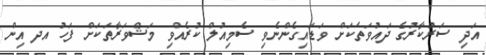
އަދި ސަރުކާރުގެ ދައުވަތަކަށް ވަޑައިގެންނެވި ސެމިއުލް ކުރެއްވި މަޝްވަރާތަކަށް ފަހު އދ އިން